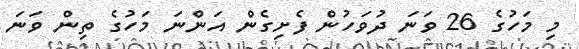
މި މަހުގެ 26 ވަނަ ދުވަހުން ފެށިގެން އަންނަ މަހުގެ ތިން ވަނަ